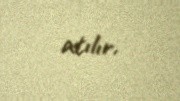
atılır.